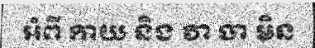
អំពី កាយ និង វា ចា មិន